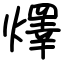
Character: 燡